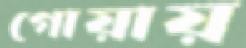
গোয়ায়